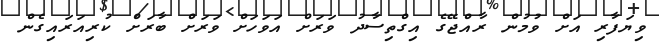
ވިޔަފާރި އަށް ވުމުން ރާއްޖޭގެ އިގްތިސާދު ވަރަށް އަވަހަށް ވަރަށް ބާރަށް ކުރިއަރައިގެން